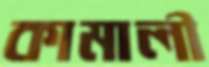
কামালী